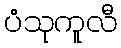
ပံသုကူလီ